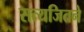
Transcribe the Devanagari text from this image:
सत्यजितने